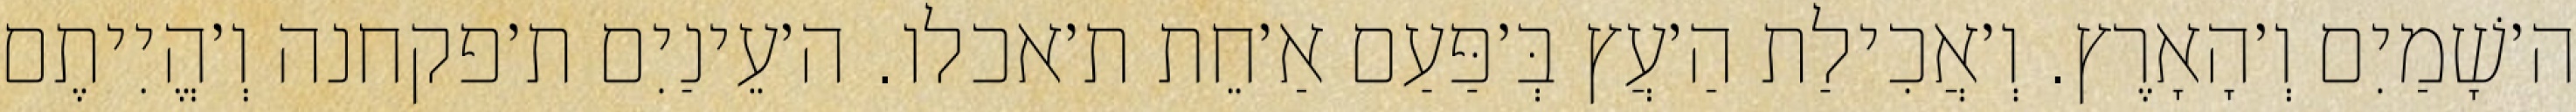
ה׳שָׁמַיִם וְ׳הָאָרֶץ. וְ׳אֲכִילַת הַ׳עֲץ בְּ׳פַּעַם אַ׳חֵת ת׳אכלו. ה׳עֵינַיִם ת׳פקחנה וְ׳הֱיִיתֶם